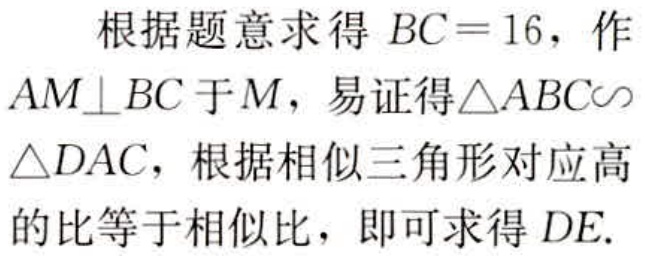
根据题意求得 \(BC = 16\)，作 \(AM\perp BC\) 于 \(M\)，易证得\(\triangle ABC\sim\triangle DAC\)，根据相似三角形对应高的比等于相似比，即可求得 \(DE\).